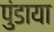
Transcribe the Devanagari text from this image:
पुंडाया